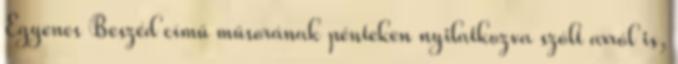
Egyenes Beszéd című műsorának pénteken nyilatkozva szólt arról is,